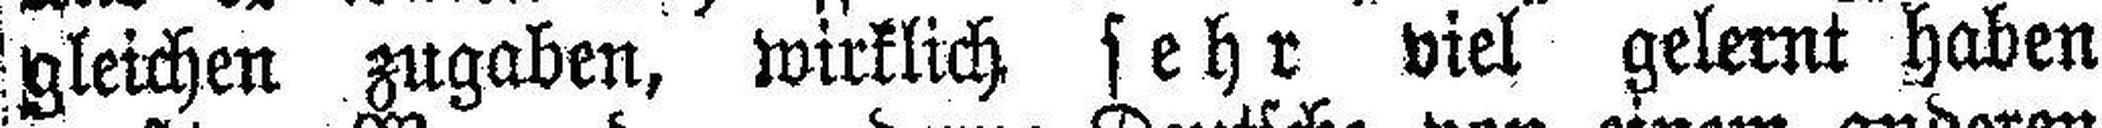
gleichen zugaben, wirklich sehr viel gelernt haben